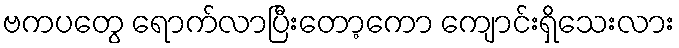
ဗကပတွေ ရောက်လာပြီးတော့ကော ကျောင်းရှိသေးလား